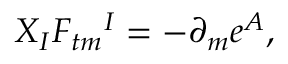
X _ { I } F _ { t m } { } ^ { I } = - \partial _ { m } e ^ { A } ,